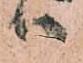
ハ